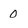
Character: 0